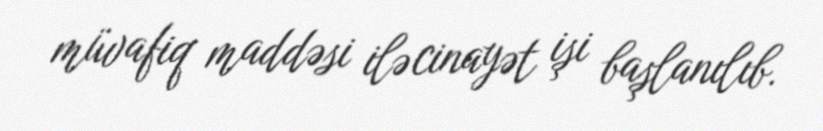
müvafiq maddəsi ilə cinayət işi başlanılıb.